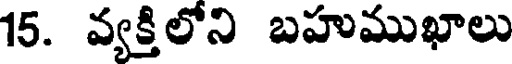
15. వ్యక్తిలోని బహుముఖాలు